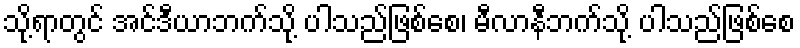
သို့ရာတွင် အင်ဒီယာဘက်သို့ ပါသည်ဖြစ်စေ၊ မီလာနီဘက်သို့ ပါသည်ဖြစ်စေ